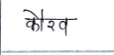
मजकूर: कौरव